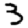
Digit: 3